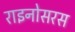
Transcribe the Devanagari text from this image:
राइनोसरस